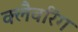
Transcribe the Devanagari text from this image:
क्लैवरिंग